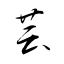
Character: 芸